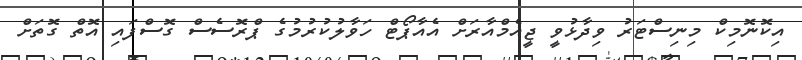
އިކޮނޮމިކް މިނިސްޓަރު ވިދާޅުވީ ޖީއެމްއާރަށް އެއާޕޯޓް ހަވާލުކުރުމުގެ ޕްރޮސެސް ގޮސްފައި އޮތް ގޮތަށް